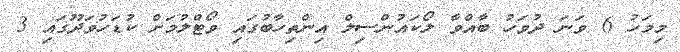
މިމަހު 6 ވަނަ ދުވަހު ބާއްވާ ލޯކައުންސިލް އިންތިހާބުގައި ވޯޓްލުމަށް ކުޑަހުވަދޫގައި 3